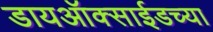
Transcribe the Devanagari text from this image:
डायऑक्साईडच्या